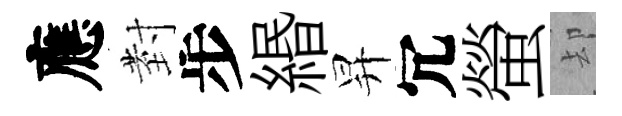
應𭔹步緡昇冗螢却